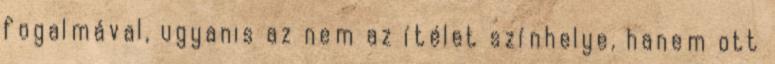
fogalmával, ugyanis az nem az ítélet színhelye, hanem ott